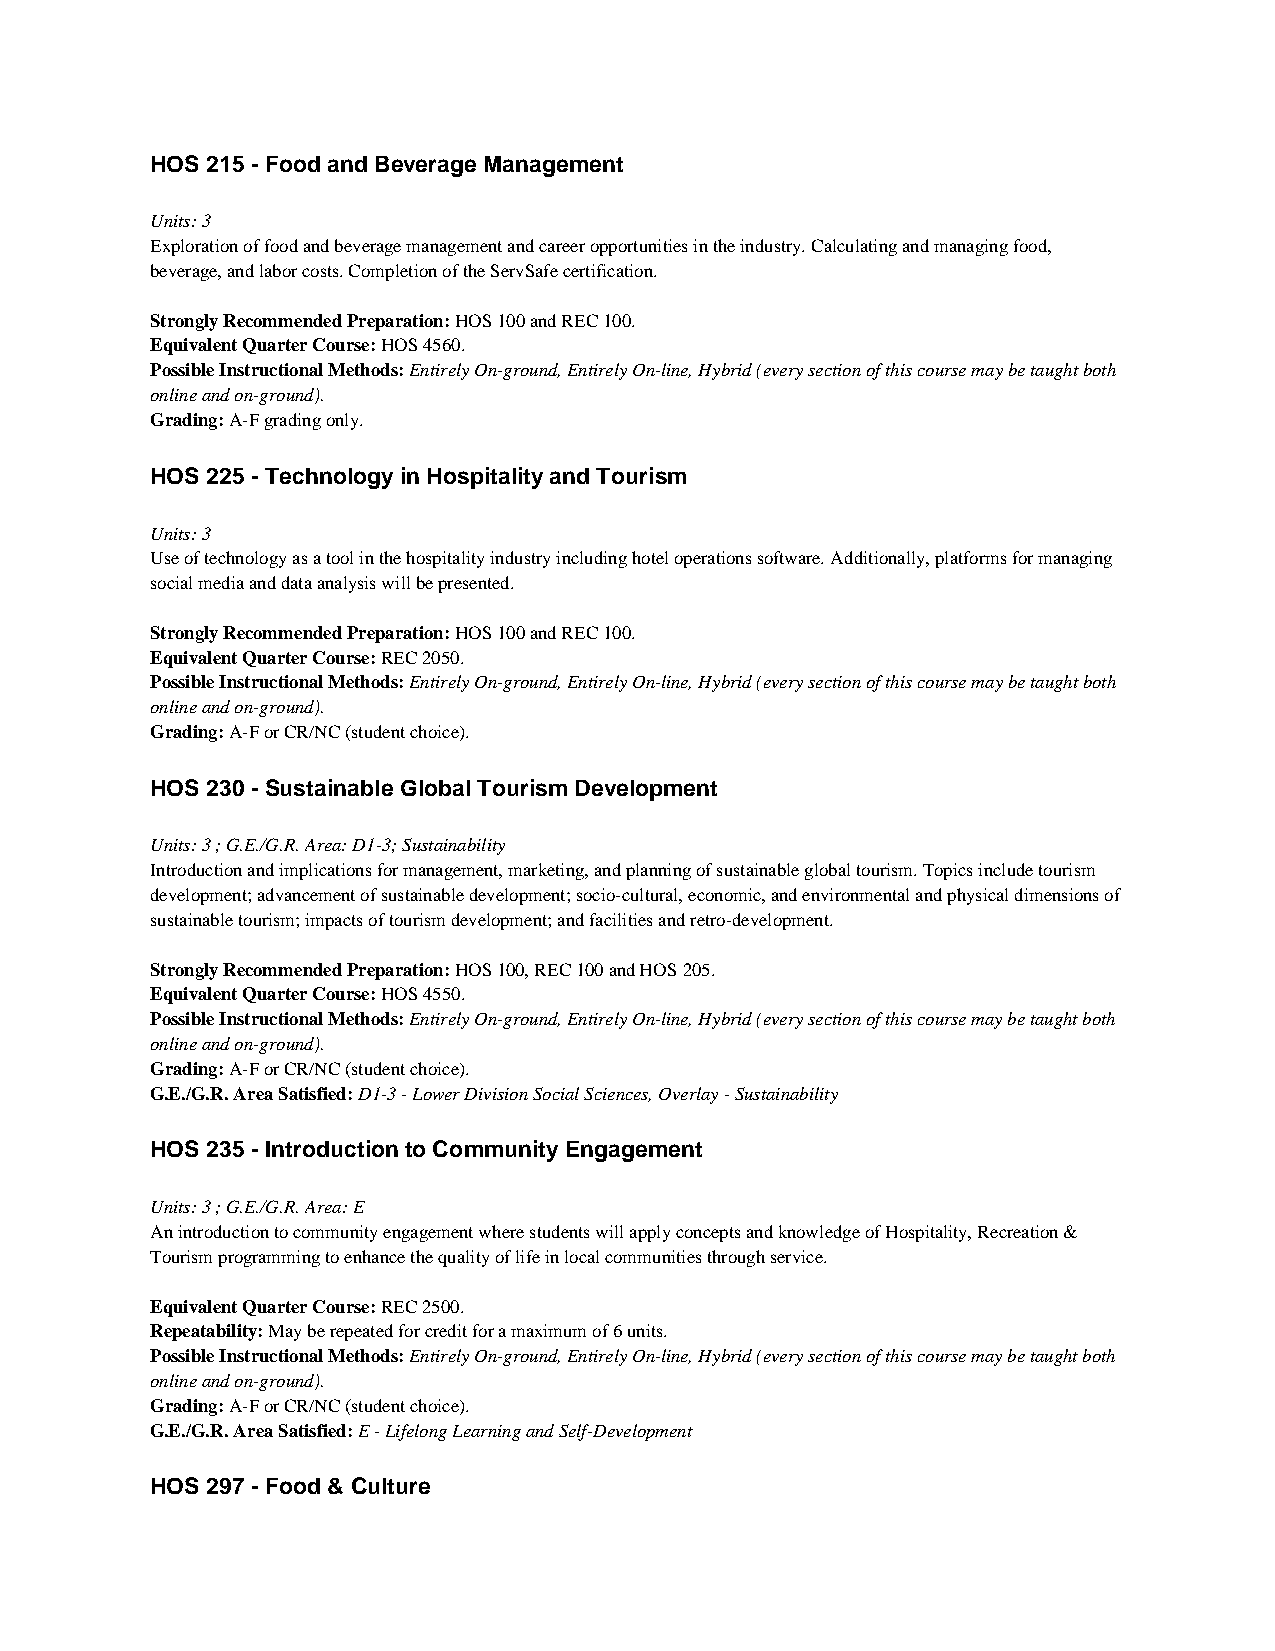
HOS 215 - Food and Beverage Management
 Units: 3
 Exploration of food and beverage management and career opportunities in the industry. Calculating and managing food,
 beverage, and labor costs. Completion of the ServSafe certification.
 Strongly Recommended Preparation: HOS 100 and REC 100.
 Equivalent Quarter Course: HOS 4560.
 Possible Instructional Methods: Entirely On-ground, Entirely On-line, Hybrid (every section of this course may be taught both
 online and on-ground).
 Grading: A-F grading only.
 HOS 225 - Technology in Hospitality and Tourism
 Units: 3
 Use of technology as a tool in the hospitality industry including hotel operations software. Additionally, platforms for managing
 social media and data analysis will be presented.
 Strongly Recommended Preparation: HOS 100 and REC 100.
 Equivalent Quarter Course: REC 2050.
 Possible Instructional Methods: Entirely On-ground, Entirely On-line, Hybrid (every section of this course may be taught both
 online and on-ground).
 Grading: A-F or CR/NC (student choice).
 HOS 230 - Sustainable Global Tourism Development
 Units: 3 ; G.E./G.R. Area: D1-3; Sustainability
 Introduction and implications for management, marketing, and planning of sustainable global tourism. Topics include tourism
 development; advancement of sustainable development; socio-cultural, economic, and environmental and physical dimensions of
 sustainable tourism; impacts of tourism development; and facilities and retro-development.
 Strongly Recommended Preparation: HOS 100, REC 100 and HOS 205.
 Equivalent Quarter Course: HOS 4550.
 Possible Instructional Methods: Entirely On-ground, Entirely On-line, Hybrid (every section of this course may be taught both
 online and on-ground).
 Grading: A-F or CR/NC (student choice).
 G.E./G.R. Area Satisfied: D1-3 - Lower Division Social Sciences, Overlay - Sustainability
 HOS 235 - Introduction to Community Engagement
 Units: 3 ; G.E./G.R. Area: E
 An introduction to community engagement where students will apply concepts and knowledge of Hospitality, Recreation &
 Tourism programming to enhance the quality of life in local communities through service.
 Equivalent Quarter Course: REC 2500.
 Repeatability: May be repeated for credit for a maximum of 6 units.
 Possible Instructional Methods: Entirely On-ground, Entirely On-line, Hybrid (every section of this course may be taught both
 online and on-ground).
 Grading: A-F or CR/NC (student choice).
 G.E./G.R. Area Satisfied: E - Lifelong Learning and Self-Development
 HOS 297 - Food & Culture